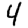
Digit: 4